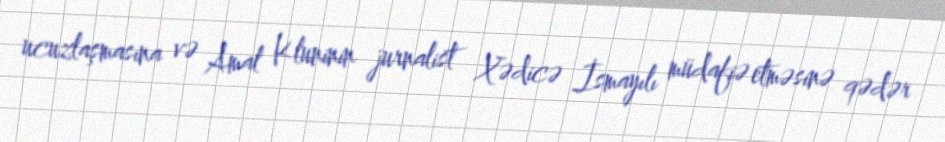
ucuzlaşmasına və Amal Kluninin jurnalist Xədicə İsmayılı müdafiə etməsinə qədər